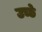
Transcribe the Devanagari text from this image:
उच्छे